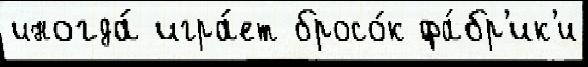
иногда́ игра́ет бросо́к фа́бр'ик'и